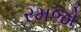
રમજો